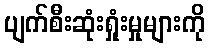
ပျက်စီးဆုံးရှုံးမှုများကို